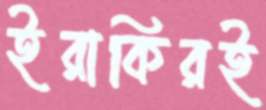
ইরাকিরই